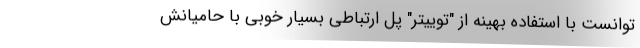
توانست با استفاده بهینه از "توییتر" پل ارتباطی بسیار خوبی با حامیانش